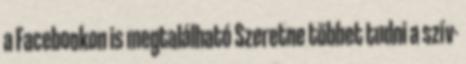
a Facebookon is megtalálható Szeretne többet tudni a szív-